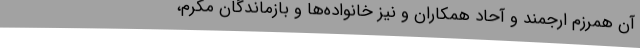
آن همرزم ارجمند و آحاد همکاران و نیز خانواده‌ها و بازماندگان مکرم،